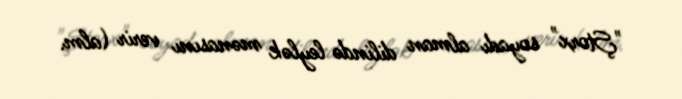
"Ştorx" soyadı alman dilində leylək mənasını verir (alm.